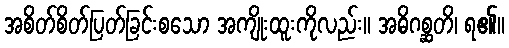
အစိတ်စိတ်ပြတ်ခြင်းစသော အကျိုးထူးကိုလည်း။ အဓိဂစ္ဆတိ၊ ရ၏။